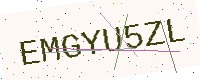
Text: EMGYU5ZL